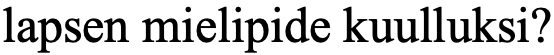
lapsen mielipide kuulluksi?